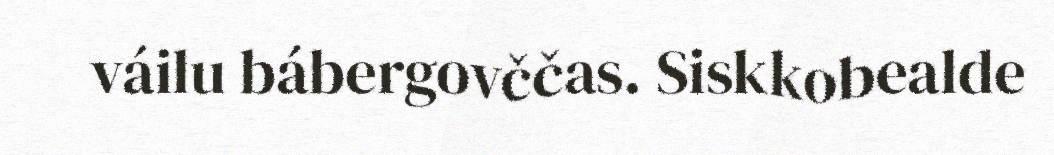
váilu bábergovččas. Siskkobealde